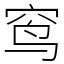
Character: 窎